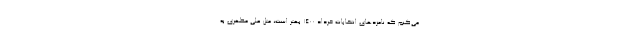
می‌کنم که نامزدهای انتخابات خرداد 1400 بهتر است، مثل علی مطهری به